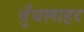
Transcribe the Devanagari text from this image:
धुँधलाहट